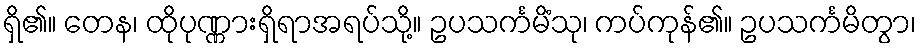
ရှိ၏။ တေန၊ ထိုပုဏ္ဏားရှိရာအရပ်သို့။ ဥပသင်္ကမိံသု၊ ကပ်ကုန်၏။ ဥပသင်္ကမိတွာ၊